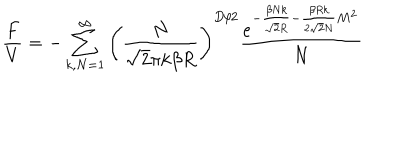
LaTeX: \frac { F } { V } = - \sum _ { k , N = 1 } ^ { \infty } \left( \frac { N } { \sqrt { 2 } \pi k \beta R } \right) ^ { D / 2 } \frac { e ^ { - \frac { \beta N k } { \sqrt { 2 } R } - \frac { \beta R k } { 2 \sqrt { 2 } N } M ^ { 2 } } } { N }